Uue-Poltsamaa_vallakohus, lk 63
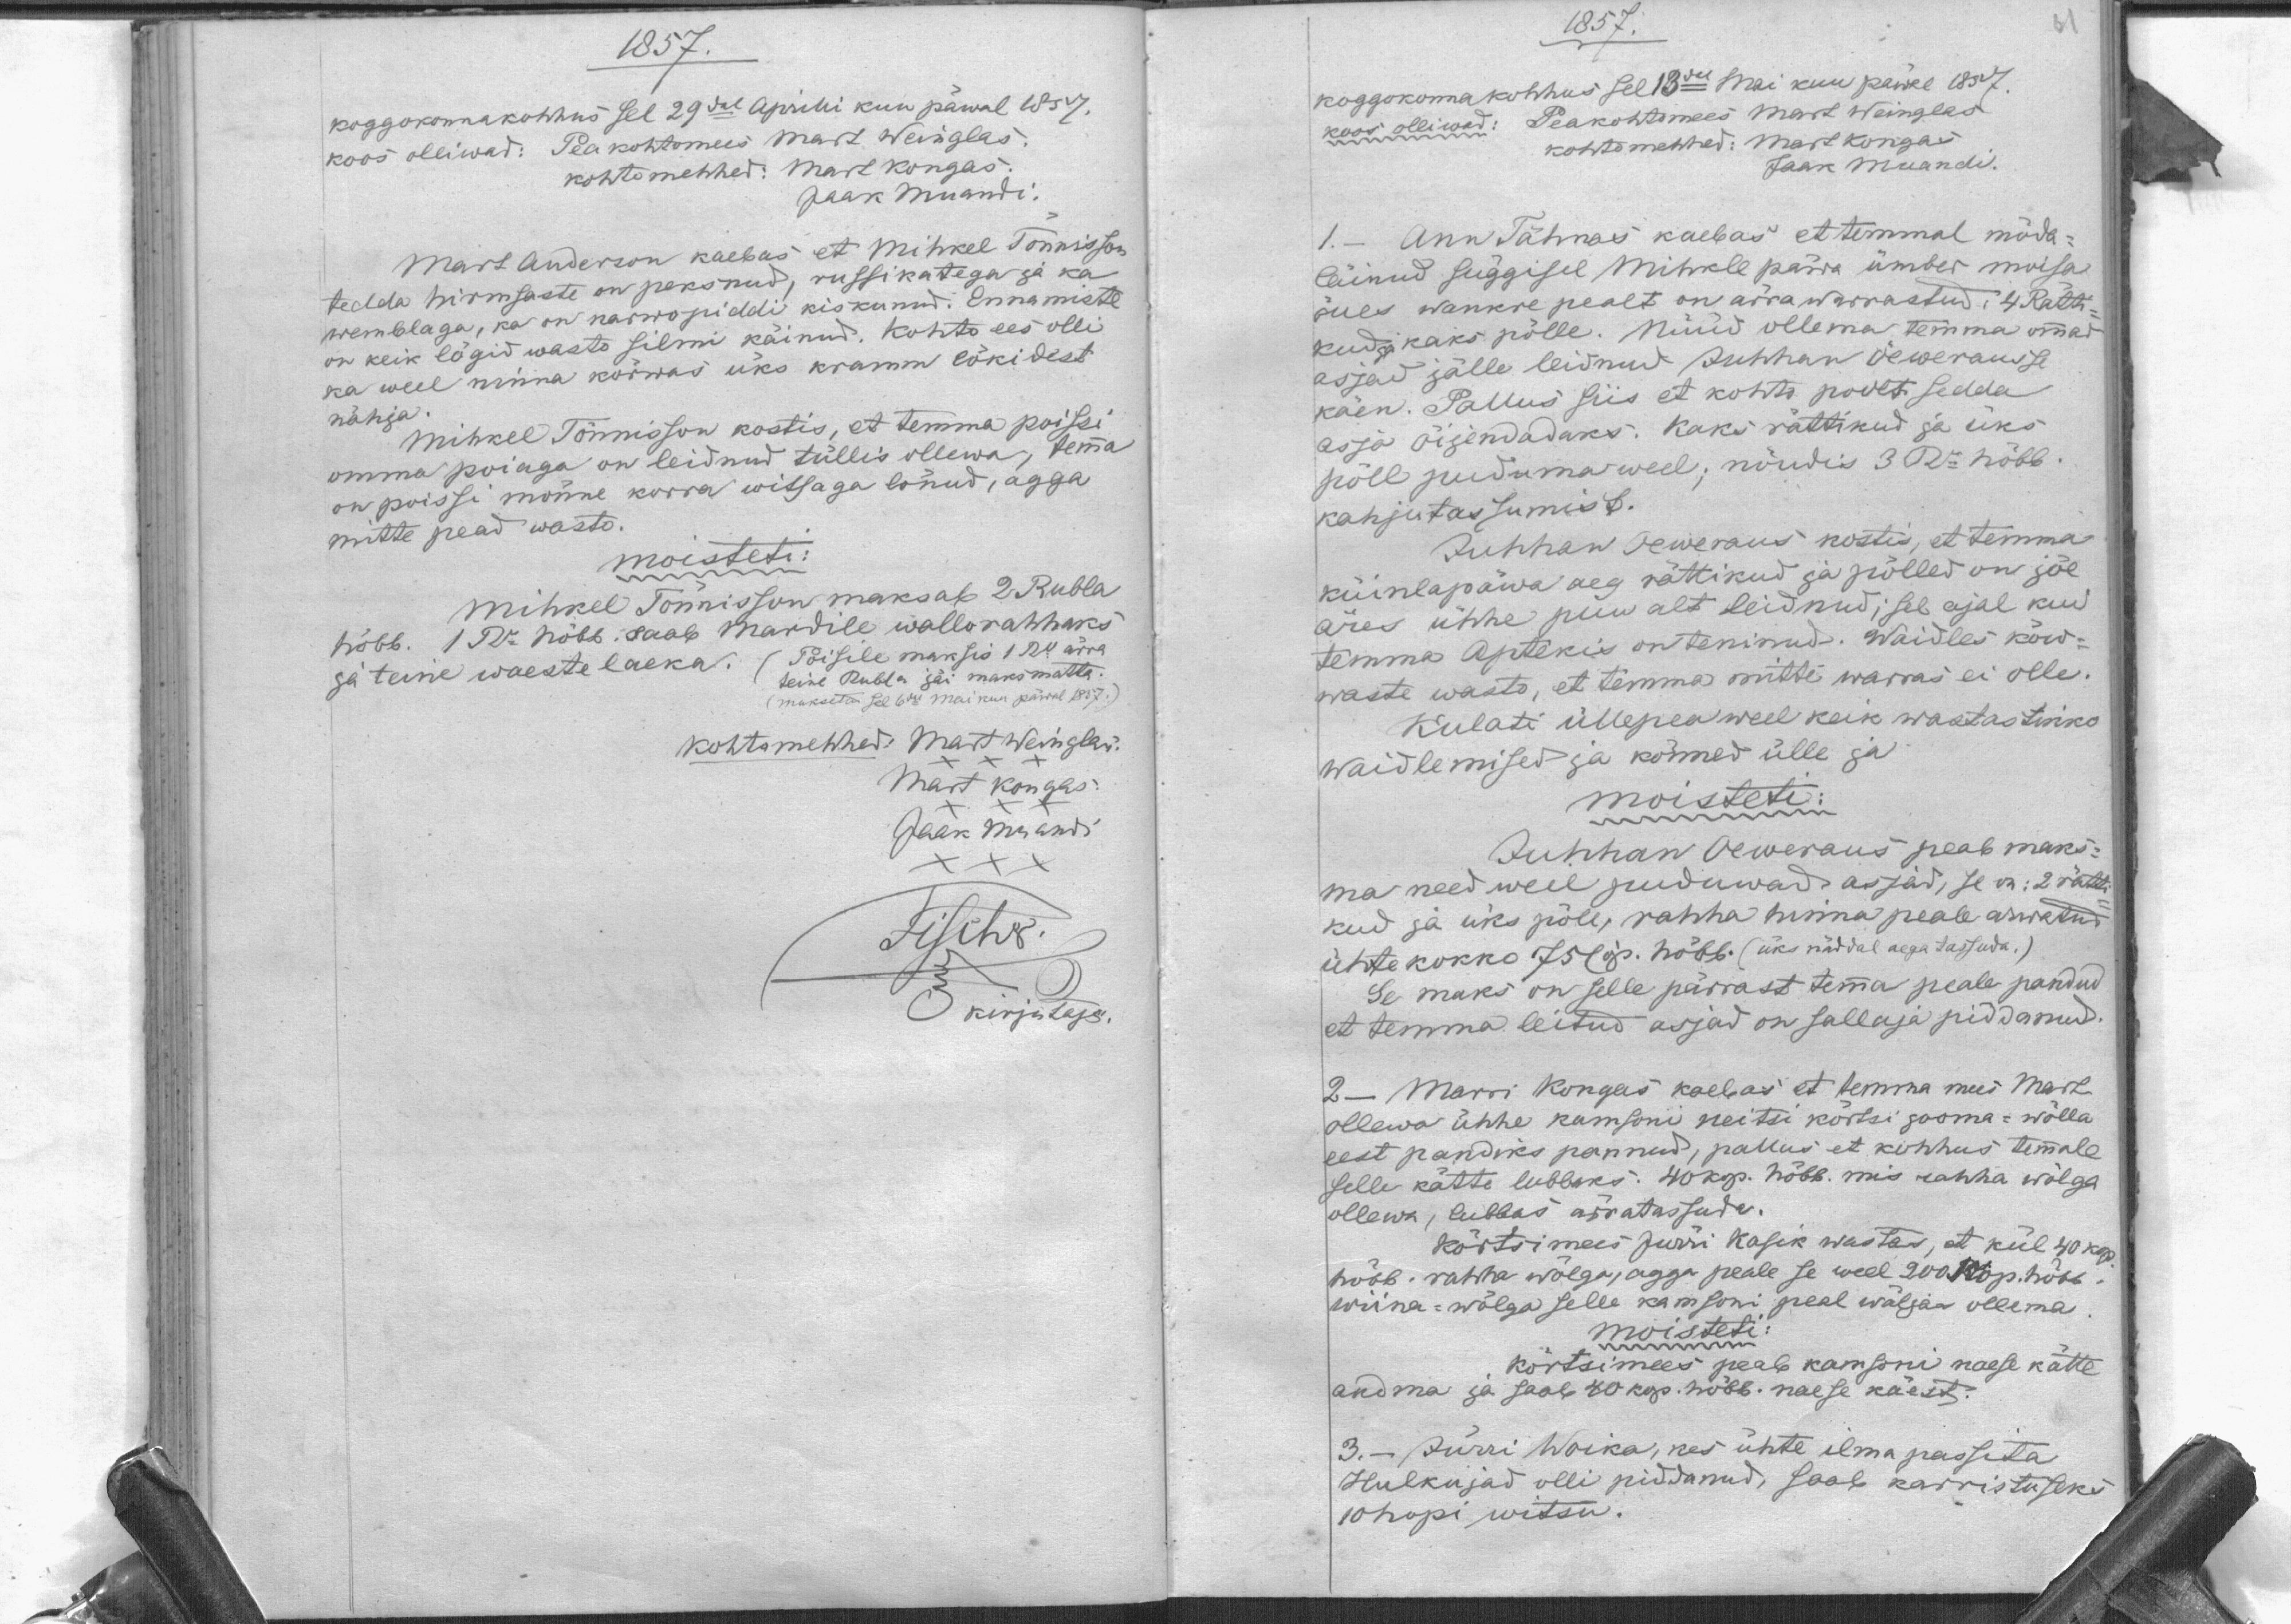
1857
koggokonnakohhus sel 29dal Aprilli kuu päwal 1857.
koos olliwad: Peakohtomees Mart Weinglas.
kohtomehhed: Mart Kongas
Jaak Muandi.
Mart Anderson kaebas et Mihkel Tonnisson
tedda hirmsaste on peksnud, russikatega ja ka
wemblaga, ka on karwopiddi kiskunud. Ennamiste
on keik lögid wasto silmi käinud. Kohto ees olli
ka weel ninna kõrwas üks kramm lökidest
nähja.
Mihkel Tõnnisson kostis et temma poissi
omma poiaga on leidnud tüllis ollewa; temma
on poissi mõnne korra witsaga lönud, agga
mitte pead wasto.
moisteti:
Mihkel Tõnnisson maksab 2 Rubla
hõbb. 1 Ru hõbb. saab Mardile wallorahhaks
ja teine waeste laeka. (Poisile maksis 1 Ru ärra
teine Rubla jäi maksmatta.
maksetud sel 6dal maikuu päwal 1857)
Kohtomehhed: Mart Weinglas.
Mart Kongas.
Jaak Muandi
kirjutaja.

1857.
koggokonna kohhus sel 13dal Mai kuu päwal 1857
Peakohtomees Mart Weinglas
koos olliwad:
Kohtomehhed: Mart Kongas 
Jaak Muandi.
Ann Tähnas kaebas et temmal mõda-
läinud süggisel Mihkle päwa ümber moisa
õues wankre pealt on ärra warrastud: 4 Rätti-
kud ja kaks põlle. Nüüd ollema temma omma
asjad jälle leidnud Juhhan Öewerausse
käen. Pallus siis et kohto poolt sedda
asja õijendadaks. Kaks rättikud ja üks
põll puduma weel, nõudis 3 Ru hõbb.
kahjutassumist.
Juhhan Oeweraus kostis, et temma
Küünlapäwa aeg rättikud ja põlled on jõe
äres ühhe puu alt leidnud, sel ajal kui
temma Aptekis on teninud. Waidles kõw-
waste wasto, et temma mitte warras ei olle.
Kulati üllepea weel keik wastastikko
waidlemised ja kõnned ülle ja
moisteti:
Juhhan Oeweraus peab maks-
ma need weel puduwad asjad, se on: 2 rätti-
kud ja üks põll, rahha hinna peale arwatud
ühte kokko 75 Cop. hõbb. (üks näddal aega tassuda.)
Se maks on selle pärrast temma peale pandud
et temma leitud asjad on sallaja piddanud.
2 - Marri Kongas kaebas et temma mees Mart
ollewa ühhe kamsoni neitsi kõrtsi jooma-wõlla
eest pandiks pannud, pallus et kohhus temmale
selle kätte lubbaks. 40 kop. hõbb. mis rahha wõlga
ollewa, lubbas ärratassuda.
kõrtsimees Jürri Kasik wastas, et kül 40 kop.
hõbb. rahha wõlga, agga peale se weel 200 kop. hõbb.
wiina-wõlga selle kamsoni peal wäljas ollema.
moisteti:
Kõrtsimees peab kamsoni naese kätte
andma ja saab 40 kop. höbb. naese käest.
3. - Jürri Woika, kes ühte ilma passida
Hulkujad olli piddanud, saab karristuseks
10 hopi witsu.